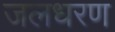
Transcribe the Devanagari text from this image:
जलधरण